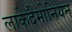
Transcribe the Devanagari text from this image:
लाकेदैमोनियन